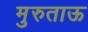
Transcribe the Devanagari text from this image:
मुरुताऊ